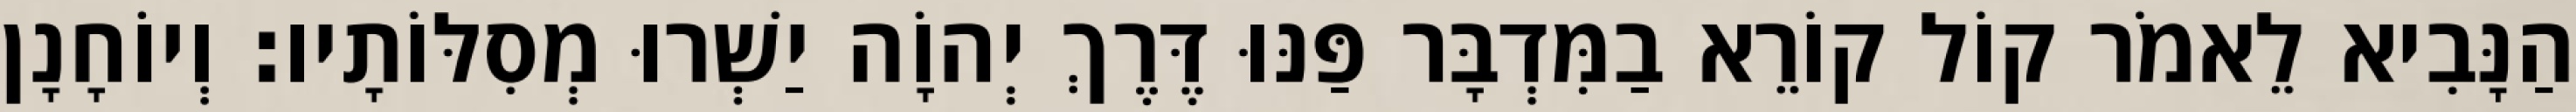
הַנָּבִיא לֵאמֹר קוֹל קוֹרֵא בַמִּדְבָּר פַּנּוּ דֶּרֶךְ יְהוָֹה יַשְׁרוּ מְסִלּוֹתָיו׃ וְיוֹחָנָן